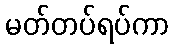
မတ်တပ်ရပ်ကာ